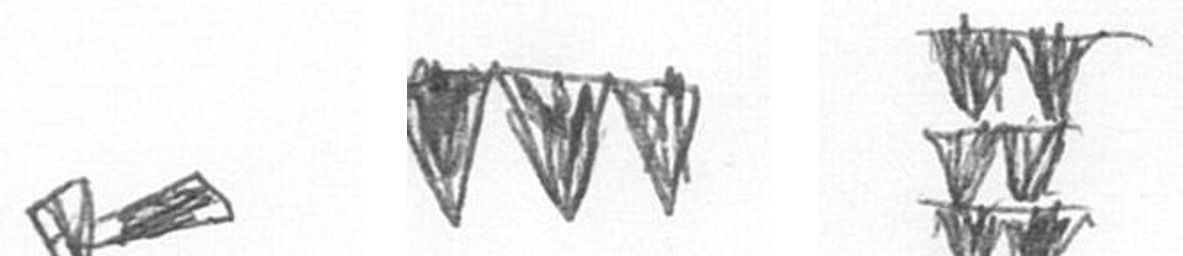
F L Y